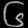
Digit: ၆